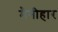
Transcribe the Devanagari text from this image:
मैनीहार